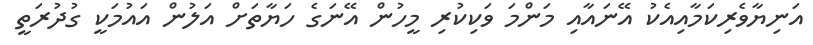
އަނިޔާވެރިކަމާއިއެކު އޭނައާއި މަންމަ ވަކިކުރި މީހުން އޭނަގެ ހަޔާތަށް އަލުން އައުމަކީ ގުދުރަތީ